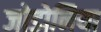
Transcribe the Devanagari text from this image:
जोडोनिया